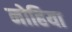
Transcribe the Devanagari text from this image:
नोहिया